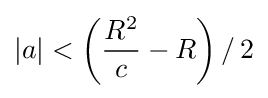
|a|<\left({\frac {R^{2}}{c}}-R\right)/\,2